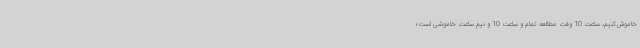
خاموش‌کنیم، ساعت 10 وقت مطالعه تمام و ساعت 10 و نیم ساعت خاموشی است؛